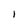
Character: I